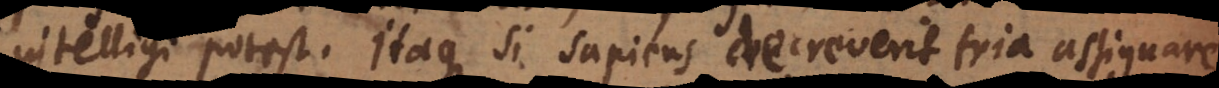
intelligi potest. Itaque si sapiens decreverit tria assignare